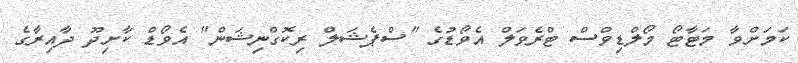
ކަމަށްވާ މަޓާޓޯ މޯލްޑިވްސް ޓްރެވަލް އެވޯޑުގެ "ސްޕެޝަލް ރިކޮގްނިޝަން" އެވޯޑް ކާށިދޫ ދާއިރާގެ